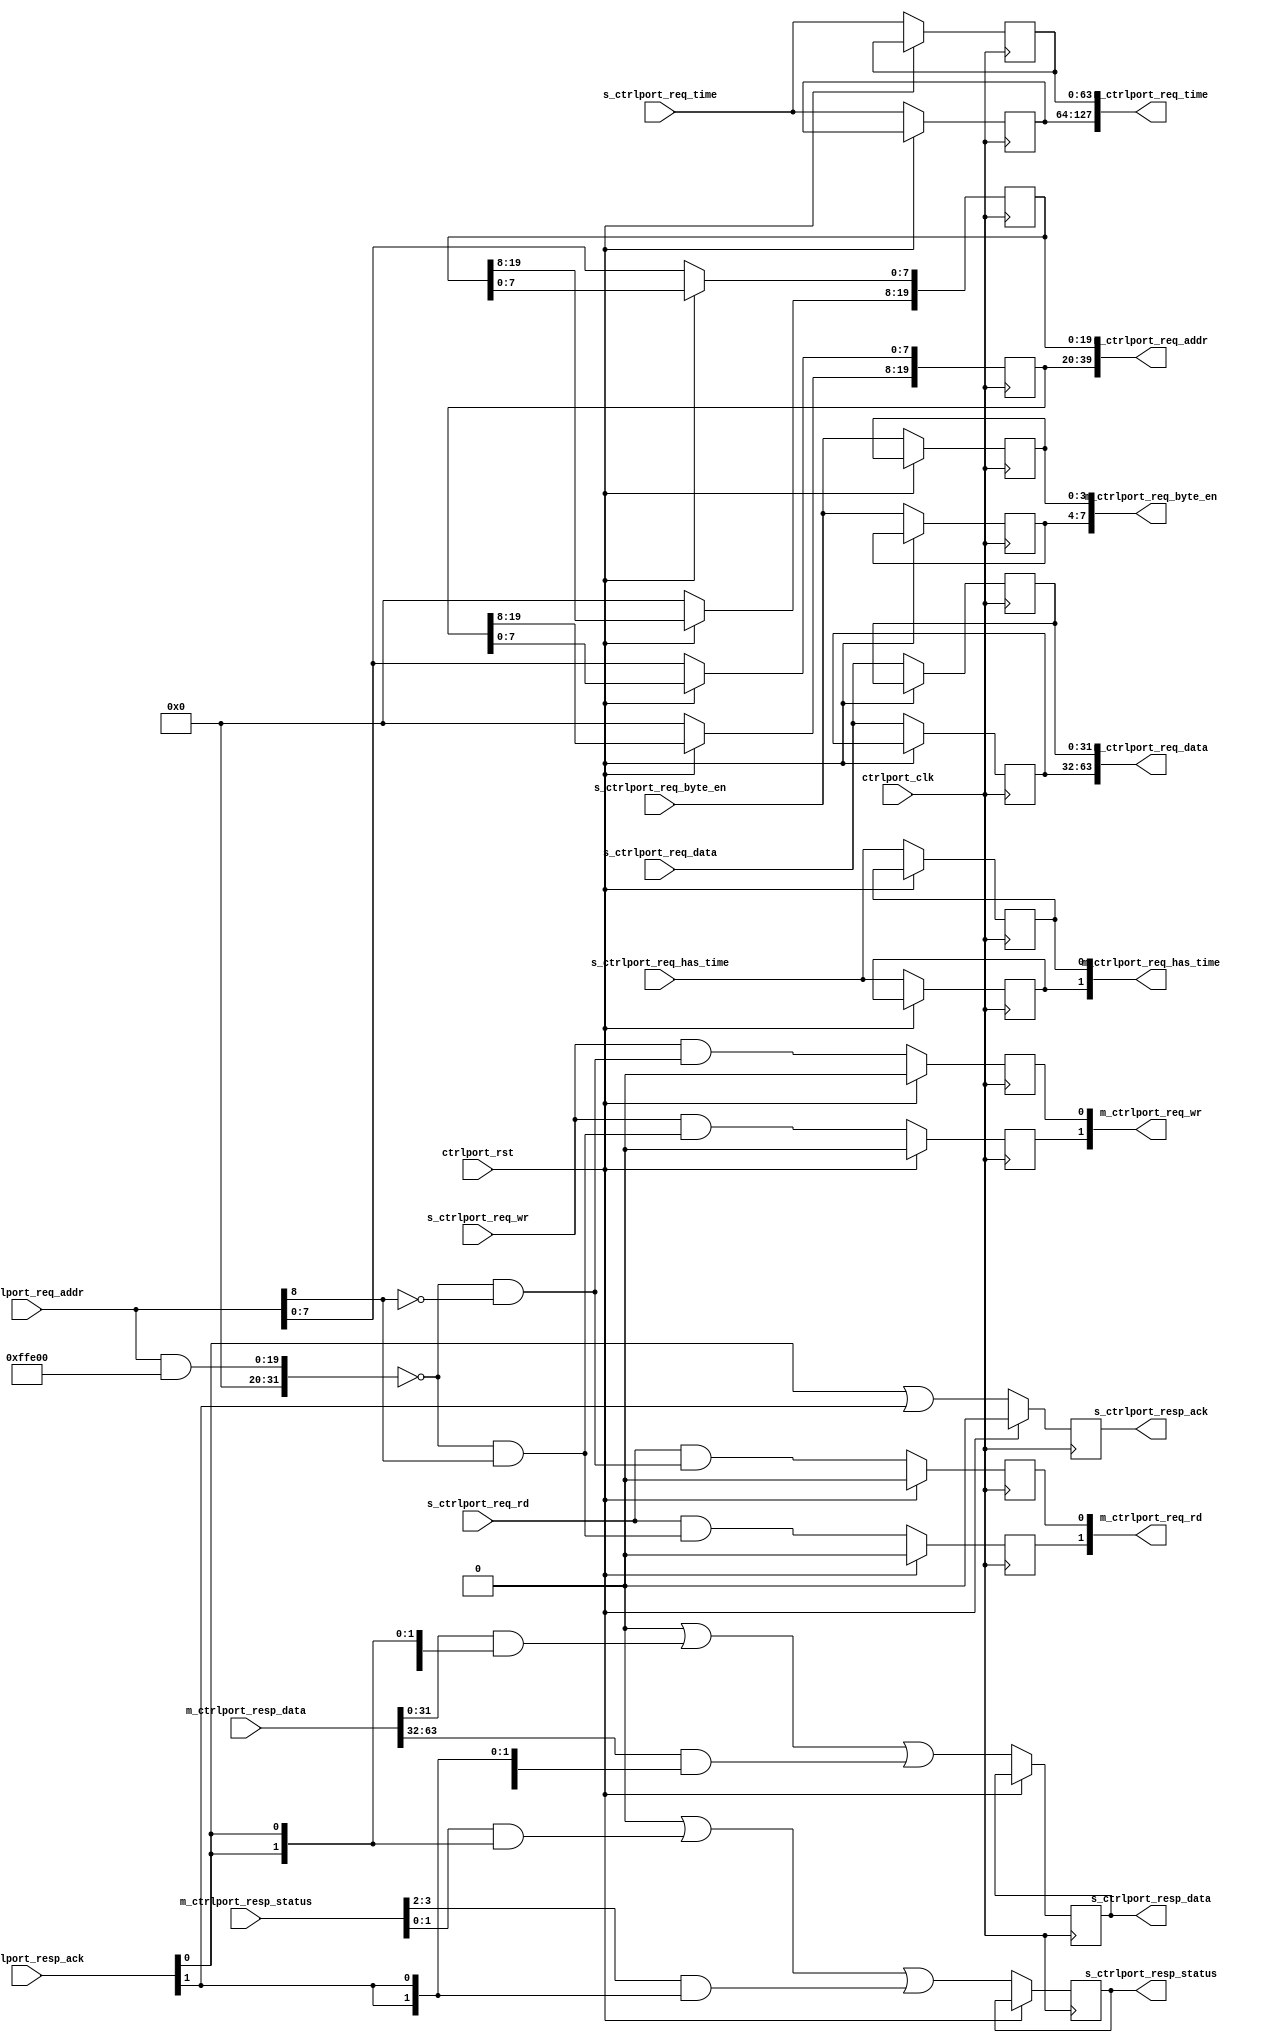
//
// Copyright 2019 Ettus Research, A National Instruments Company
//
// SPDX-License-Identifier: LGPL-3.0-or-later
//
// Module: ctrlport_decoder
//
// Description:
//
// This block splits a single control port interface into multiple. It is used
// when you have a single master that needs to access multiple slaves.  For
// example, a NoC block where the registers are implemented in multiple
// submodules that must be read/written by a single NoC shell.
//
// This version also implements address decoding. The request is passed to a
// slave only if the address falls within that slave's address space. Each
// slave is given an address space of 2**ADDR_W and the first slave starts at
// address BASE_ADDR. In other words, the request address is partitioned as
// shown below.
//
//   |---------------- 32-bit -----------------|
//   |    Base     | Port Num |  Slave Addr    |
//   |-----------------------------------------|
//
// When passed to the slave, the base address and port number bits are stripped
// from the request address and only the SLAVE_ADDR_W-bit address is passed
// through.
//
// Parameters:
//
//   NUM_SLAVES   : Number of slave devices that you want to connect to master.
//   BASE_ADDR    : Base address for slave 0. This should be a power-of-2
//                  multiple of the combined slave address spaces.
//   SLAVE_ADDR_W : Number of address bits to allocate to each slave.
//

module ctrlport_decoder #(
  parameter NUM_SLAVES   = 2,
  parameter BASE_ADDR    = 0,
  parameter SLAVE_ADDR_W = 8
) (
  input wire ctrlport_clk,
  input wire ctrlport_rst,

  // Slave Interface
  input  wire        s_ctrlport_req_wr,
  input  wire        s_ctrlport_req_rd,
  input  wire [19:0] s_ctrlport_req_addr,
  input  wire [31:0] s_ctrlport_req_data,
  input  wire [ 3:0] s_ctrlport_req_byte_en,
  input  wire        s_ctrlport_req_has_time,
  input  wire [63:0] s_ctrlport_req_time,
  output reg         s_ctrlport_resp_ack = 1'b0,
  output reg  [ 1:0] s_ctrlport_resp_status,
  output reg  [31:0] s_ctrlport_resp_data,

  // Master Interfaces
  output reg  [   NUM_SLAVES-1:0] m_ctrlport_req_wr = 0,
  output reg  [   NUM_SLAVES-1:0] m_ctrlport_req_rd = 0,
  output reg  [20*NUM_SLAVES-1:0] m_ctrlport_req_addr = 0,
  output reg  [32*NUM_SLAVES-1:0] m_ctrlport_req_data,
  output reg  [ 4*NUM_SLAVES-1:0] m_ctrlport_req_byte_en,
  output reg  [   NUM_SLAVES-1:0] m_ctrlport_req_has_time,
  output reg  [64*NUM_SLAVES-1:0] m_ctrlport_req_time,
  input  wire [   NUM_SLAVES-1:0] m_ctrlport_resp_ack,
  input  wire [ 2*NUM_SLAVES-1:0] m_ctrlport_resp_status,
  input  wire [32*NUM_SLAVES-1:0] m_ctrlport_resp_data
);

  localparam        PORT_NUM_W      = $clog2(NUM_SLAVES);
  localparam        PORT_NUM_POS    = SLAVE_ADDR_W;
  localparam        BASE_ADDR_W     = 20 - (SLAVE_ADDR_W + PORT_NUM_W);
  localparam        BASE_ADDR_POS   = SLAVE_ADDR_W + PORT_NUM_W;
  localparam [19:0] BASE_ADDR_MASK  = { BASE_ADDR_W {1'b1}} << BASE_ADDR_POS;


  //---------------------------------------------------------------------------
  // Split the requests among the slaves
  //---------------------------------------------------------------------------

  wire [NUM_SLAVES-1:0] decoder;

  generate
    genvar i;
    for (i = 0; i < NUM_SLAVES; i = i+1) begin : gen_split
      // Check if the upper bits of the request address match each slave. If the
      // address matches, set the corresponding decoder[] bit.
      if (PORT_NUM_W == 0) begin
        // Only one port in this case, so there are no port number bits to check
        assign decoder[i] = ((s_ctrlport_req_addr & BASE_ADDR_MASK) == BASE_ADDR);
      end else begin
        assign decoder[i] = ((s_ctrlport_req_addr & BASE_ADDR_MASK) == BASE_ADDR) &&
                             (s_ctrlport_req_addr[PORT_NUM_POS +: PORT_NUM_W] == i);
      end

      always @(posedge ctrlport_clk) begin
        if (ctrlport_rst) begin
          m_ctrlport_req_wr[i] <= 1'b0;
          m_ctrlport_req_rd[i] <= 1'b0;
        end else begin
          // Mask WR and RD based on address decoding
          m_ctrlport_req_wr[i] <= s_ctrlport_req_wr & decoder[i];
          m_ctrlport_req_rd[i] <= s_ctrlport_req_rd & decoder[i];

          // Other values pass through to all slaves, but should be ignored
          // unless the corresponding WR or RD is not asserted.
          m_ctrlport_req_data    [32*i +: 32] <= s_ctrlport_req_data;
          m_ctrlport_req_byte_en [4*i +: 4]   <= s_ctrlport_req_byte_en;
          m_ctrlport_req_has_time[i]          <= s_ctrlport_req_has_time;
          m_ctrlport_req_time    [64*i +: 64] <= s_ctrlport_req_time;

          // Pass through only the relevant slave bits
          m_ctrlport_req_addr[20*i+:20]           <= 20'b0;
          m_ctrlport_req_addr[20*i+:SLAVE_ADDR_W] <= s_ctrlport_req_addr[SLAVE_ADDR_W-1:0];
        end
      end
    end
  endgenerate


  //---------------------------------------------------------------------------
  // Decode the responses
  //---------------------------------------------------------------------------

  reg [31:0] data;
  reg [ 1:0] status;
  reg        ack = 0;

  // Take the responses and mask them with ack, then OR them together
  always @(*) begin : comb_decode
    integer s;
    data   = 0;
    status = 0;
    ack    = 0;
    for (s = 0; s < NUM_SLAVES; s = s+1) begin
      data   = data   | (m_ctrlport_resp_data  [s*32 +: 32] & {32{m_ctrlport_resp_ack[s]}});
      status = status | (m_ctrlport_resp_status[s* 2 +:  2] & { 2{m_ctrlport_resp_ack[s]}});
      ack    = ack    | m_ctrlport_resp_ack[s];
    end
  end

  // Register the output to break combinatorial path
  always @(posedge ctrlport_clk) begin
    if (ctrlport_rst) begin
      s_ctrlport_resp_ack  <= 0;
    end else begin
      s_ctrlport_resp_data   <= data;
      s_ctrlport_resp_status <= status;
      s_ctrlport_resp_ack    <= ack;
    end
  end

endmodule